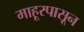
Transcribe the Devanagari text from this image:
माहूरपासून